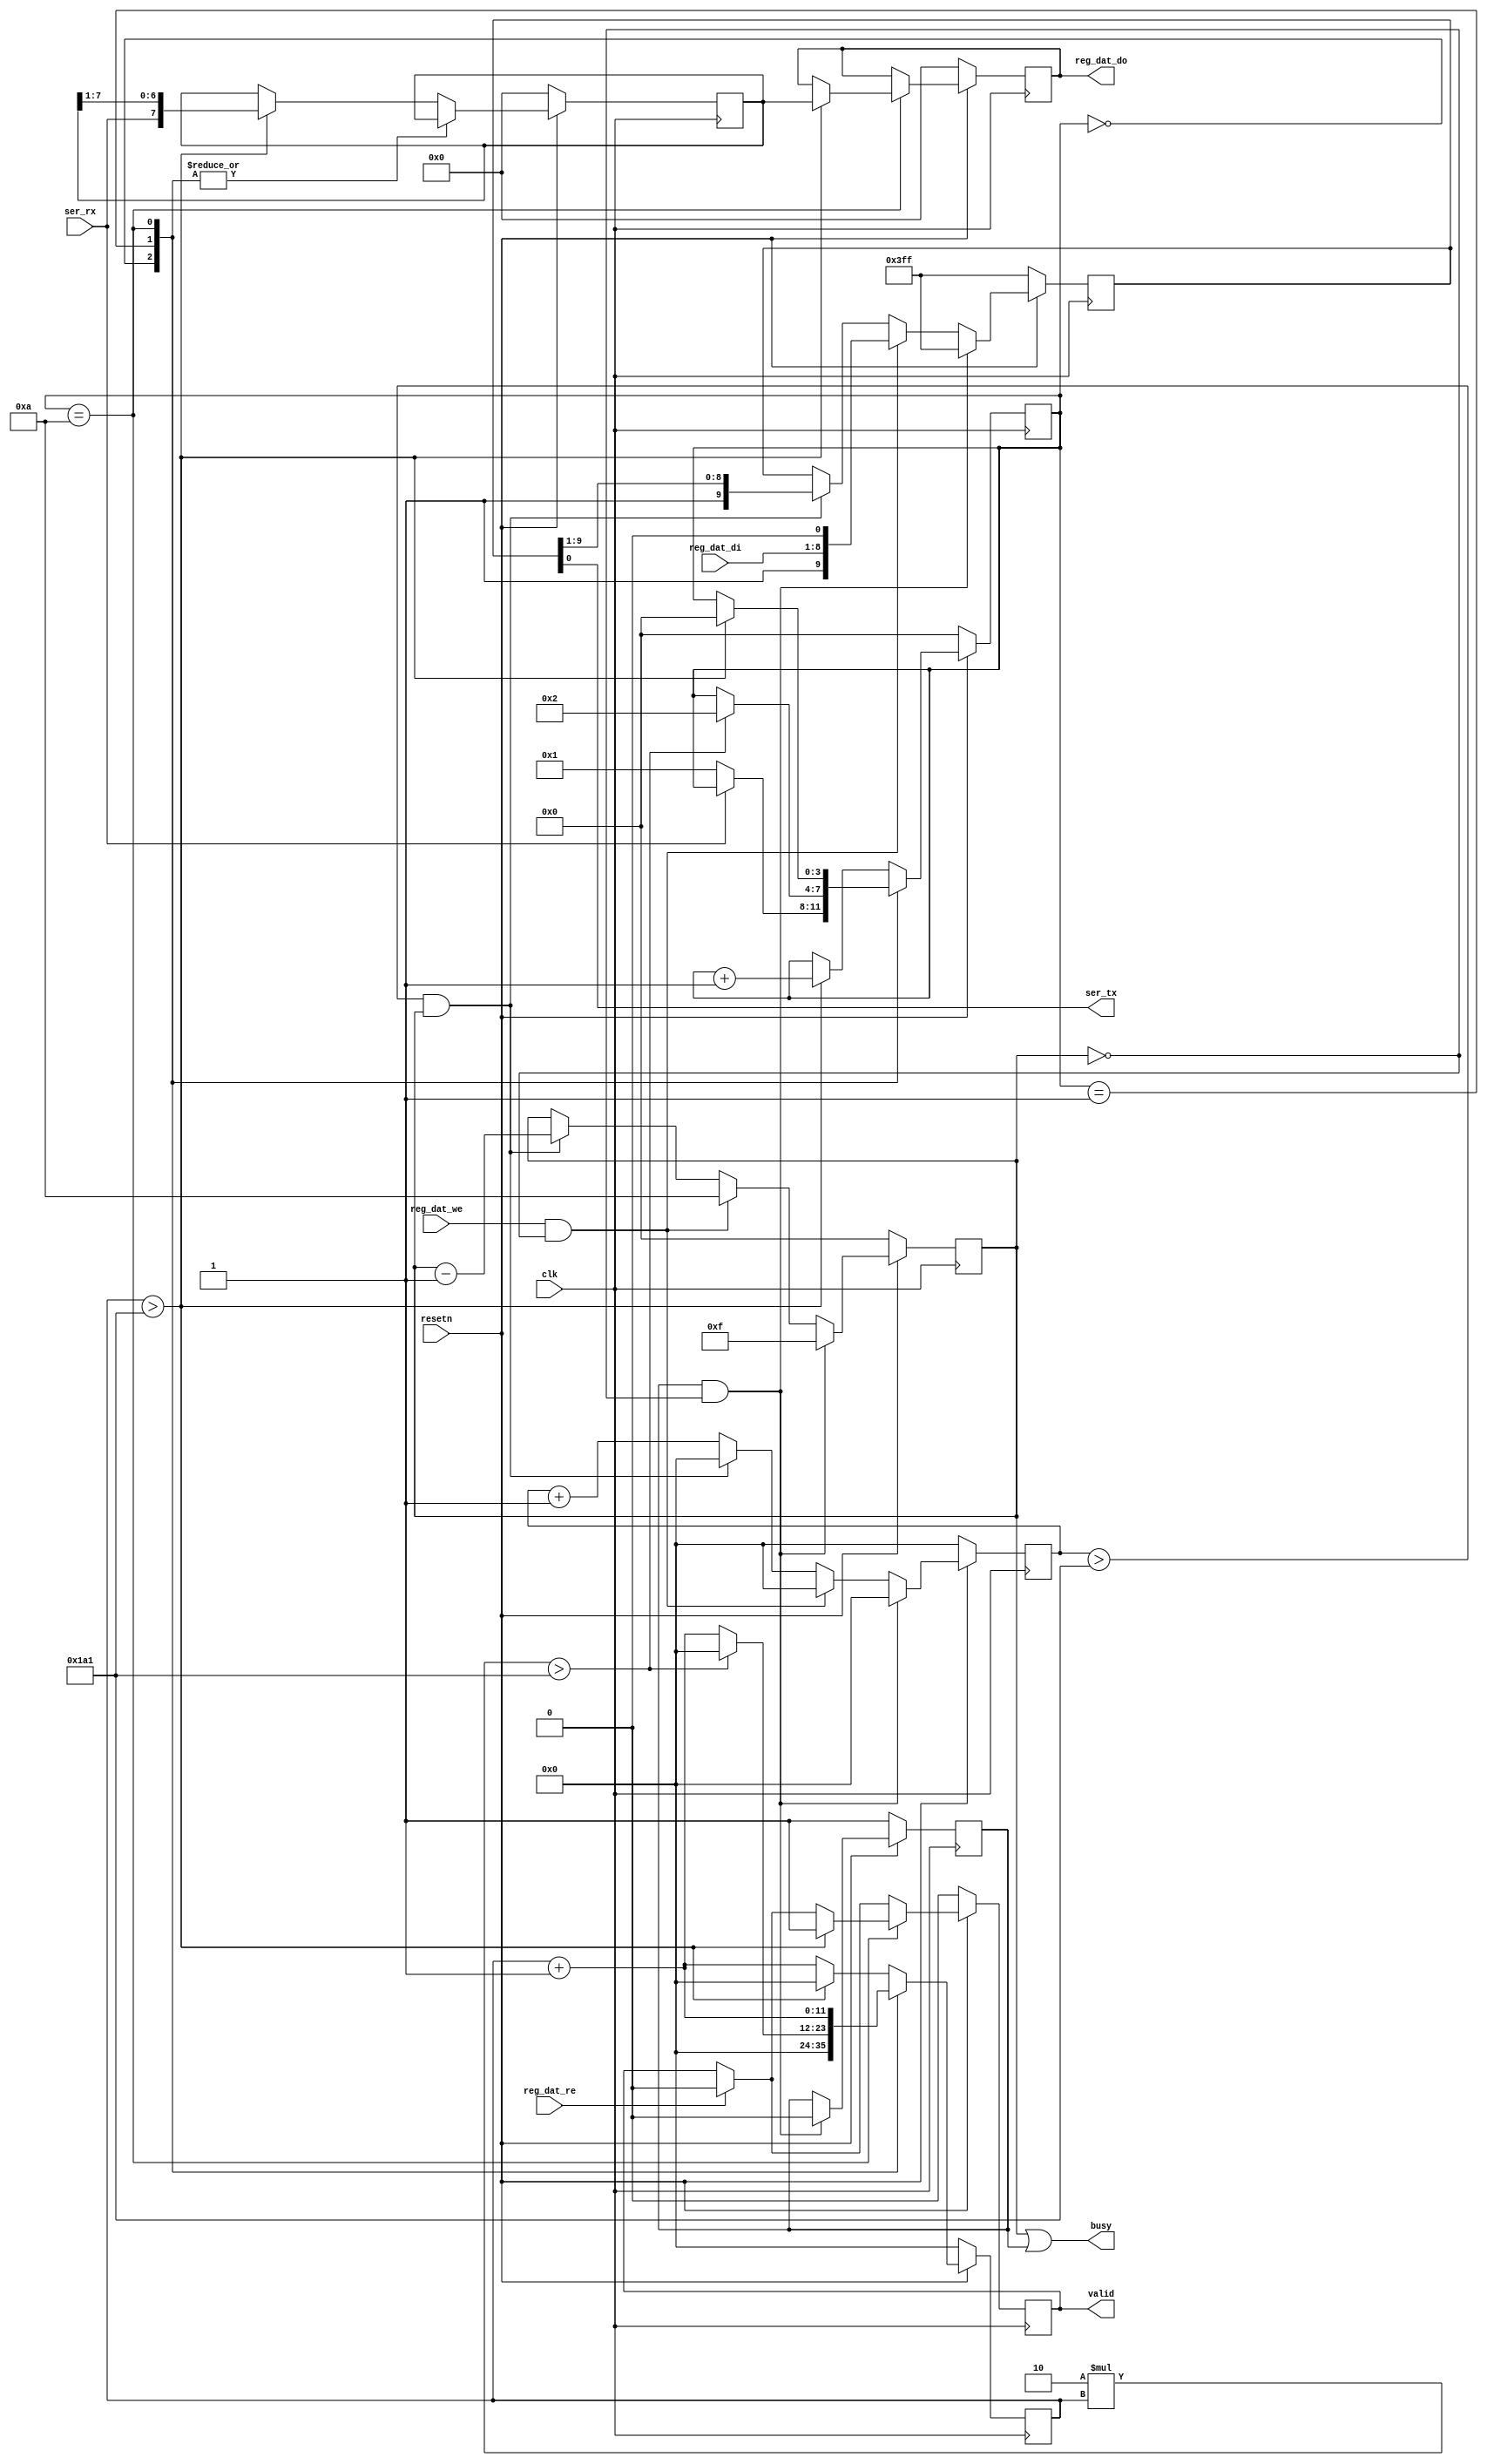
module simpleuart (
        input clk,
        input resetn,

        output ser_tx,
        input  ser_rx,

//      input   [3:0] reg_div_we,
//      input  [15:0] reg_div_di,
//      output [15:0] reg_div_do,

        input         reg_dat_we,
        input         reg_dat_re,
        input  [7:0] reg_dat_di,
        output [7:0] reg_dat_do,

        output        busy,
    output        valid
);

`define cfg_divider   417  // 48 MHz / 115200

//      reg [15:0] cfg_divider = 104;
// wire [15:0] cfg_divider = 417;

        reg [3:0] recv_state;
        reg [11:0] recv_divcnt;   // ** 15:0
        reg [7:0] recv_pattern;
        reg [7:0] recv_buf_data;
        reg recv_buf_valid;

        reg [9:0] send_pattern;
        reg [3:0] send_bitcnt;
        reg [11:0] send_divcnt;  // ** 15:0
        reg send_dummy;

//      assign reg_div_do = cfg_divider;

    assign reg_dat_do = recv_buf_data;
        assign busy = (send_bitcnt || send_dummy);
        assign valid = recv_buf_valid;

//      always @(posedge clk) begin
//              if (!resetn) begin
//                      cfg_divider <= 1;
//              end else begin
//                      if (reg_div_we[0]) cfg_divider[ 7: 0] <= reg_div_di[ 7: 0];
//                      if (reg_div_we[1]) cfg_divider[15: 8] <= reg_div_di[15: 8];
//                      if (reg_div_we[2]) cfg_divider[23:16] <= reg_div_di[23:16];
//                      if (reg_div_we[3]) cfg_divider[31:24] <= reg_div_di[31:24];
//              end
//      end

        always @(posedge clk) begin
                if (!resetn) begin
                        recv_state <= 0;
                        recv_divcnt <= 0;
                        recv_pattern <= 0;
                        recv_buf_data <= 0;
                        recv_buf_valid <= 0;
                end else begin
                        recv_divcnt <= recv_divcnt + 1;
                        if (reg_dat_re)
                                recv_buf_valid <= 0;
                        case (recv_state)
                                0: begin
                                        if (!ser_rx)
                                                recv_state <= 1;
                                        recv_divcnt <= 0;
                                end
                                1: begin
                                        if (2*recv_divcnt > `cfg_divider) begin
                                                recv_state <= 2;
                                                recv_divcnt <= 0;
                                        end
                                end
                                10: begin
                                        if (recv_divcnt > `cfg_divider) begin
                                                recv_buf_data <= recv_pattern;
                                                recv_buf_valid <= 1;
                                                recv_state <= 0;
                                        end
                                end
                                default: begin
                                        if (recv_divcnt > `cfg_divider) begin
                                                recv_pattern <= {ser_rx, recv_pattern[7:1]};
                                                recv_state <= recv_state + 1;
                                                recv_divcnt <= 0;
                                        end
                                end
                        endcase
                end
        end

        assign ser_tx = send_pattern[0];

        always @(posedge clk) begin
//              if (reg_div_we)
//                      send_dummy <= 1;
                send_divcnt <= send_divcnt + 1;
                if (!resetn) begin
                        send_pattern <= ~0;
                        send_bitcnt <= 0;
                        send_divcnt <= 0;
                        send_dummy <= 1;
                end else begin
                        if (send_dummy && !send_bitcnt) begin
                                send_pattern <= ~0;
                                send_bitcnt <= 15;
                                send_divcnt <= 0;
                                send_dummy <= 0;
                        end else
                        if (reg_dat_we && !send_bitcnt) begin
                                send_pattern <= {1'b1, reg_dat_di[7:0], 1'b0};
                                send_bitcnt <= 10;
                                send_divcnt <= 0;
                        end else
                        if (send_divcnt > `cfg_divider && send_bitcnt) begin
                                send_pattern <= {1'b1, send_pattern[9:1]};
                                send_bitcnt <= send_bitcnt - 1;
                                send_divcnt <= 0;
                        end
                end
        end
endmodule